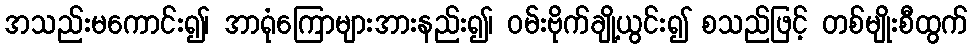
အသည်းမကောင်း၍၊ အာရုံကြောများအားနည်း၍၊ ဝမ်းဗိုက်ချို့ယွင်း၍ စသည်ဖြင့် တစ်မျိုးစီထွက်